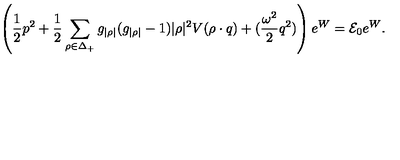
\left( { \frac { 1 } { 2 } } p ^ { 2 } + { \frac { 1 } { 2 } } \sum _ { \rho \in \Delta _ { + } } g _ { | \rho | } ( g _ { | \rho | } - 1 ) | \rho | ^ { 2 } V ( \rho \cdot q ) + ( { \frac { \omega ^ { 2 } } { 2 } } q ^ { 2 } ) \right) e ^ { W } = { \cal E } _ { 0 } e ^ { W } .